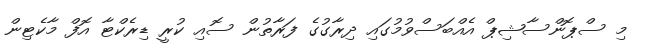
މި ސްޕޮންސާޝިޕް އެެއްބަސްވުމުގައި ދިރާގުގެ ފަރާތުން ސޮއި ކުރީ ޑިރެކްޓާ އޮފް މާކެޓިން